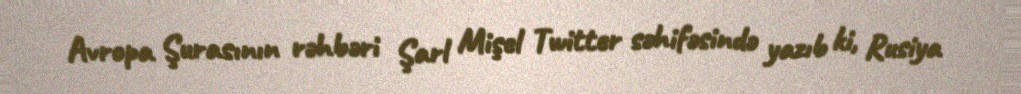
Avropa Şurasının rəhbəri Şarl Mişel Twitter səhifəsində yazıb ki, Rusiya